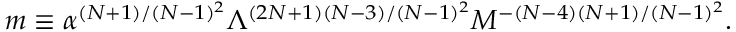
m \equiv \alpha ^ { ( N + 1 ) / ( N - 1 ) ^ { 2 } } \Lambda ^ { ( 2 N + 1 ) ( N - 3 ) / ( N - 1 ) ^ { 2 } } M ^ { - ( N - 4 ) ( N + 1 ) / ( N - 1 ) ^ { 2 } } .